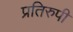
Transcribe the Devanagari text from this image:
प्रतिरुपी